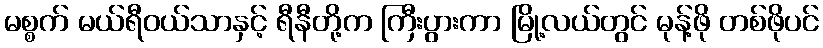
မစ္စက် မယ်ရီဝယ်သာနှင့် ရီနီတို့က ကြီးပွားကာ မြို့လယ်တွင် မုန့်ဖို တစ်ဖိုပင်